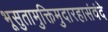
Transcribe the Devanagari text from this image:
भूसुतामुक्तिमुदारहासंवंदे